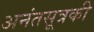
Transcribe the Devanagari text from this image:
अनंतसूत्रकी